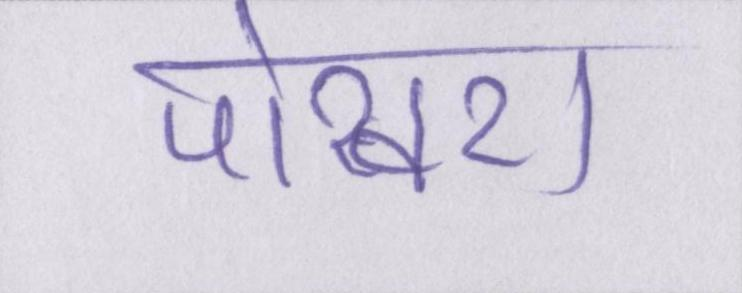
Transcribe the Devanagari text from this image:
पोखरा